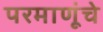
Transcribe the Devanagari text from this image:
परमाणूंचे